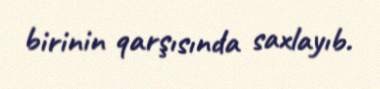
birinin qarşısında saxlayıb.